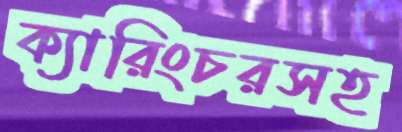
ক্যারিংচরসহ